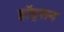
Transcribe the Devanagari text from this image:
हॉड्सन